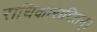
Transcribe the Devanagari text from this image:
राधिकाराधितम्।